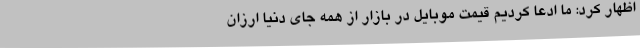
اظهار کرد: ما ادعا کردیم قیمت موبایل در بازار از همه جای دنیا ارزان